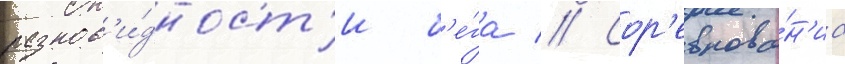
разнов'и́дност'и б'е́га // Сор'евнова́н'иа